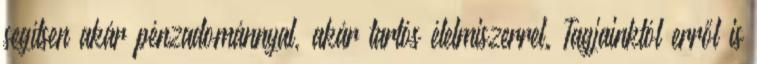
segítsen akár pénzadománnyal, akár tartós élelmiszerrel. Tagjainktól erről is